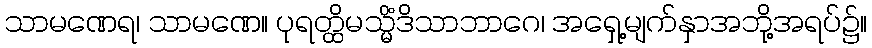
သာမဏေရ၊ သာမဏေ။ ပုရတ္ထိမသ္မိံဒိသာဘာဂေ၊ အရှေ့မျက်နှာအဘို့အရပ်၌။